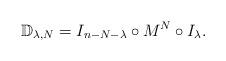
LaTeX: \begin{gather*}{\mathbb D}_{\lambda, N} = I_{n-N-\lambda} \circ M^N\circ I_\lambda.\end{gather*}